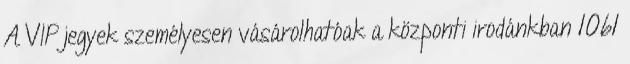
A VIP jegyek személyesen vásárolhatóak a központi irodánkban 1061